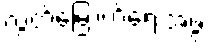
လွတ်မြောက်ရေးအဖွဲ့